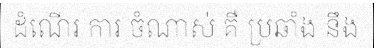
ដំណើរ ការ ចំណាស់ គឺ ប្រឆាំង នឹង